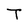
Character: T